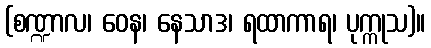
(စဏ္ဍာလ၊ ဝေန၊ နေသာဒ၊ ရထာကာရ၊ ပုက္ကုသ)။